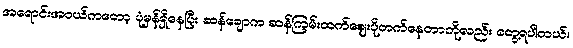
အရောင်းအဝယ်ကတော့ ပုံမှန်ရှိနေပြီး ဆန်ချောက ဆန်ကြမ်းထက်ဈေးပိုတက်နေတာကိုလည်း တွေ့ရပါတယ်။